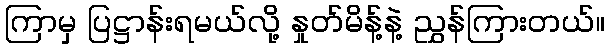
ကြာမှ ပြဋ္ဌာန်းရမယ်လို့ နှုတ်မိန့်နဲ့ ညွှန်ကြားတယ်။